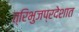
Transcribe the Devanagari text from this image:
त्रिभुजप्रदेशात